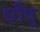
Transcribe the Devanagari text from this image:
द्यौष्